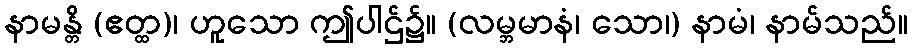
နာမန္တိ (ဧတ္ထ)၊ ဟူသော ဤပါဌ်၌။ (လမ္ဘမာနံ၊ သော၊) နာမံ၊ နာမ်သည်။